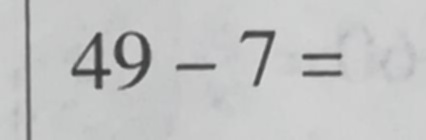
4 9 - 7 =